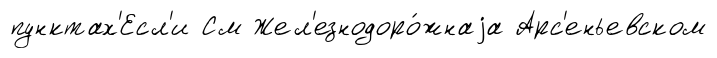
пунктах'Есл'и См Жел'езнодоро́жнаjа Арс'еньевском